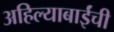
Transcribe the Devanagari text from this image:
अहिल्याबाईंची